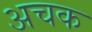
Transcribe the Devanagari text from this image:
अचक